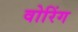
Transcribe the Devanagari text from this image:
वोरिंग